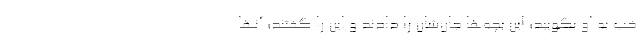
خب به او بگویید؛ این بچه‌ها جان‌شان را دادند و این را گفتند؛ آنها